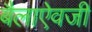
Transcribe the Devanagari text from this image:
बैलाऐवजी